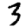
Digit: 3